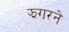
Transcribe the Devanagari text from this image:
झगरने